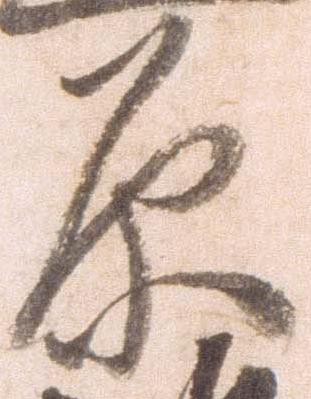
原